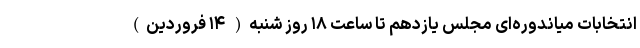
انتخابات میاندوره‌ای مجلس یازدهم تا ساعت ۱۸ روز شنبه( ۱۴ فروردین)